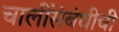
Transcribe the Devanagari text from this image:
चालींसंबंधीची